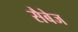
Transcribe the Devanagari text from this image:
सैबेज